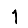
Digit: 1